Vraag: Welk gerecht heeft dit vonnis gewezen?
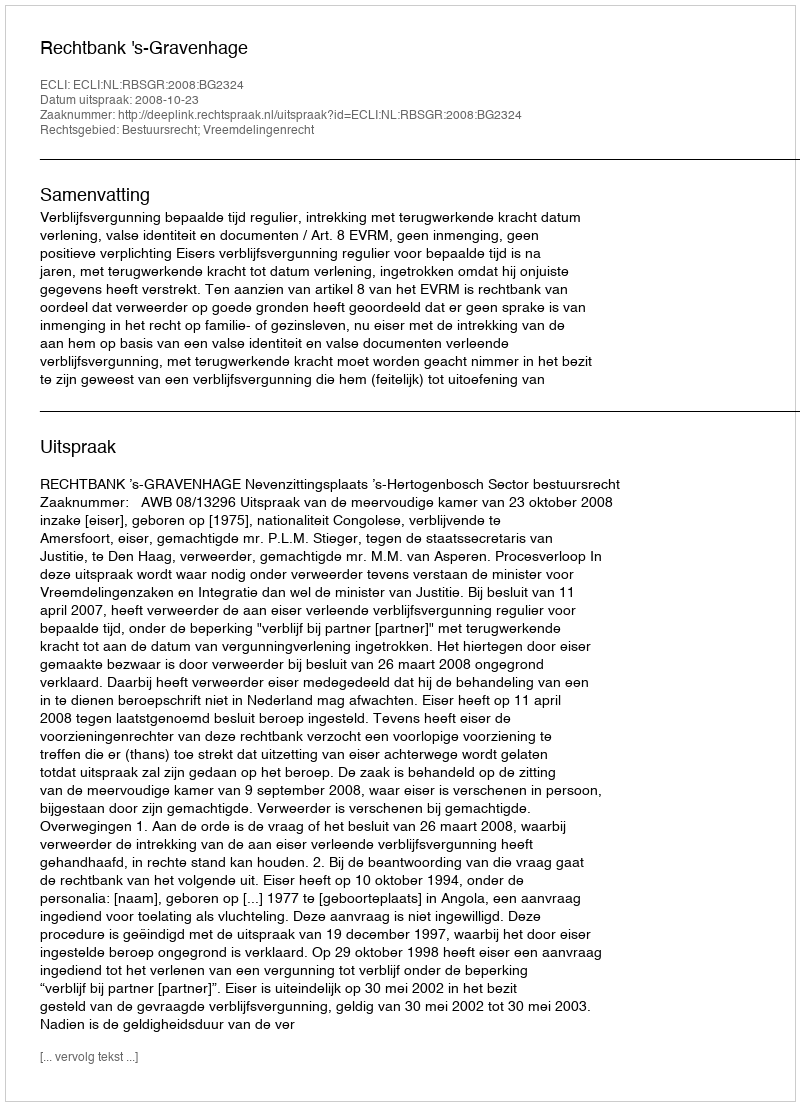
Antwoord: Rechtbank 's-Gravenhage